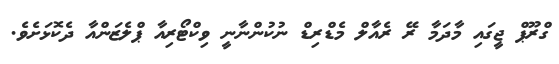
ގްރޫޕް ޖީގައި މާދަމާ ރޭ ރެއާލް މެޑްރިޑް ނުކުންނާނީ ވިކްޓޯރިއާ ޕްލެޒަންއާ ދެކޮޅަށެވެ.